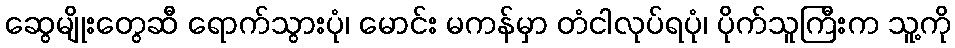
ဆွေမျိုးတွေဆီ ရောက်သွားပုံ၊ မောင်း မကန်မှာ တံငါလုပ်ရပုံ၊ ပိုက်သူကြီးက သူ့ကို